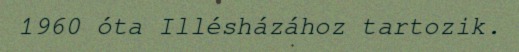
1960 óta Illésházához tartozik.